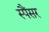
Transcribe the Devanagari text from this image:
स्पैंसर